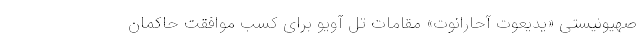
صهیونیستی «یدیعوت آحارانوت» مقامات تل آویو برای کسب موافقت حاکمان